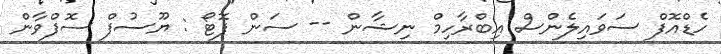
ހެޑްއޮފް ސަވައިލެންސް އިބްރާހިމް ނިޝާން -- ސަން ފޮޓޯ : ޔޫސުފް ސޮފްވާން